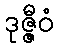
ဒုဇ္ဇီဝံ